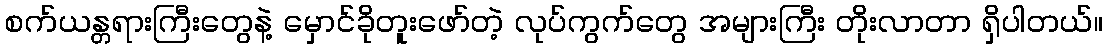
စက်ယန္တရားကြီးတွေနဲ့ မှောင်ခိုတူးဖော်တဲ့ လုပ်ကွက်တွေ အများကြီး တိုးလာတာ ရှိပါတယ်။